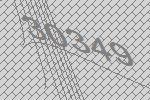
30349